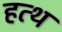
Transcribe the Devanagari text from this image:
हत्थ